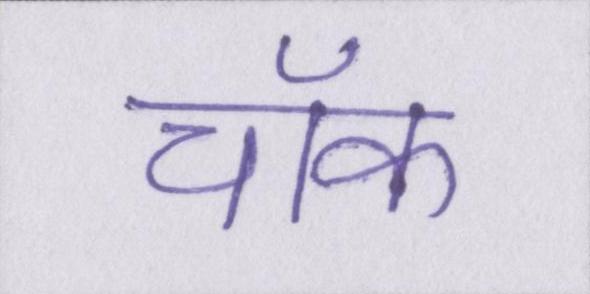
चॉक